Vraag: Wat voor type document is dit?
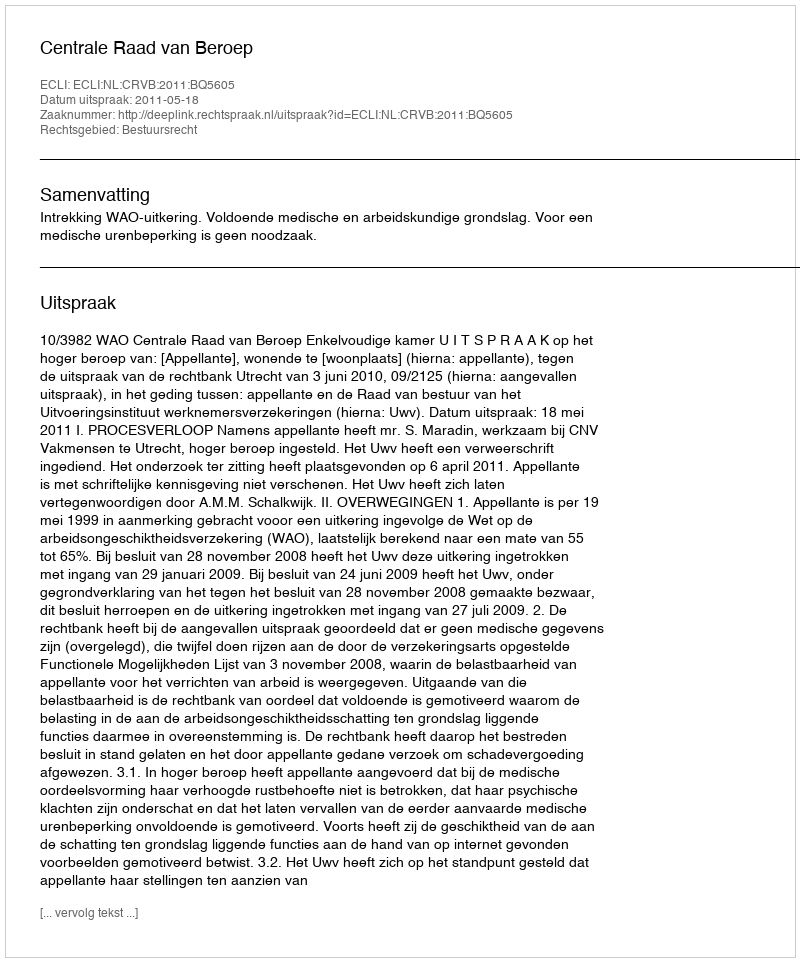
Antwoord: Uitspraak